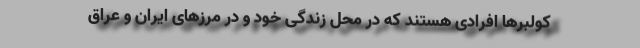
کولبرها افرادی هستند که در محل زندگی خود و در مرزهای ایران و عراق